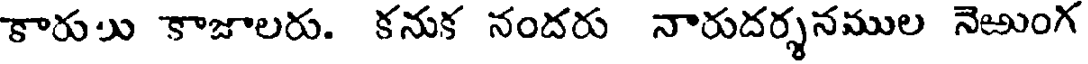
కారుు కాజాలరు. కనుక నందరు నారుదర్శనముల నెఱుంగ